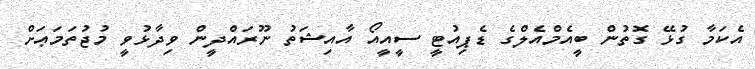
އެކަމާ ގުޅޭ ގޮތުން ބީއެމްއެލްގެ ޑެޕިއުޓީ ސީއީއޯ އާއިޝަތު ނޫރައްދީން ވިދާޅުވީ މުޖުތަމަޢަށް